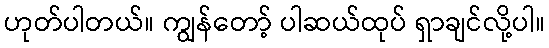
ဟုတ်ပါတယ်။ ကျွန်တော့် ပါဆယ်ထုပ် ရှာချင်လို့ပါ။